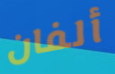
ألفان